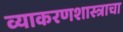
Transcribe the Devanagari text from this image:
व्याकरणशास्त्राचा